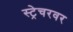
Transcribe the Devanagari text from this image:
स्ट्रेचरवर